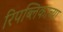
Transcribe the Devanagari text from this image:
रिपब्लिकाच्या